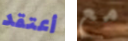
أعتقد مع